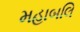
મહાબલિ